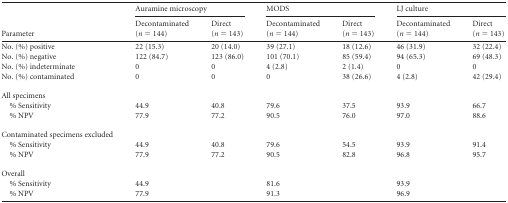
| <ROWSPAN=2> Parameter | <COLSPAN=2> Auramine microscopy | <COLSPAN=2> MODS | <COLSPAN=2> LJ culture |
 | Decontaminated (n = 144) | Direct (n = 143) | Decontaminated (n = 144) | Direct (n = 143) | Decontaminated (n = 144) | Direct (n = 143) |
 | --- | --- | --- | --- | --- | --- | --- |
 | No. (%) positive | 22 (15.3) | 20 (14.0) | 39 (27.1) | 18 (12.6) | 46 (31.9) | 32 (22.4) |
 | No. (%) negative | 122 (84.7) | 123 (86.0) | 101 (70.1) | 85 (59.4) | 94 (65.3) | 69 (48.3) |
 | No. (%) indeterminate | 0 | 0 | 4 (2.8) | 2 (1.4) | 0 | 0 |
 | No. (%) contaminated | 0 | 0 | 0 | 38 (26.6) | 4 (2.8) | 42 (29.4) |
 | All specimens |  |  |  |  |  |  |
 | % Sensitivity | 44.9 | 40.8 | 79.6 | 37.5 | 93.9 | 66.7 |
 | % NPV | 77.9 | 77.2 | 90.5 | 76.0 | 97.0 | 88.6 |
 | Contaminated specimens excluded |  |  |  |  |  |  |
 | % Sensitivity | 44.9 | 40.8 | 79.6 | 54.5 | 93.9 | 91.4 |
 | % NPV | 77.9 | 77.2 | 90.5 | 82.8 | 96.8 | 95.7 |
 | Overall | <COLSPAN=2>  | <COLSPAN=2>  | <COLSPAN=2>  |
 | % Sensitivity | <COLSPAN=2> 44.9 | <COLSPAN=2> 81.6 | <COLSPAN=2> 93.9 |
 | % NPV | <COLSPAN=2> 77.9 | <COLSPAN=2> 91.3 | <COLSPAN=2> 96.9 |